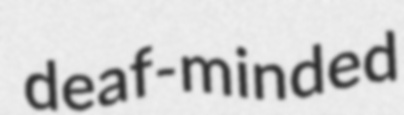
deaf-minded